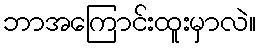
ဘာအကြောင်းထူးမှာလဲ။